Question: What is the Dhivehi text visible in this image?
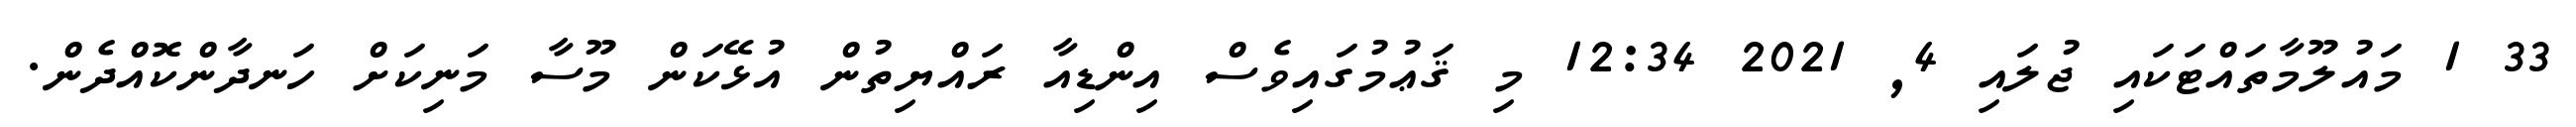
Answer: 33 1 މައުލޫމާތައްޓަކައި ޖުލައި 4, 2021 12:34 މި ޤަޢުމުގައިވެސް އިންޑިއާ ރައްޔިތުން އުޅޭކަން މޫސާ މަނިކަށް ހަނދާންކޮއްދެން.